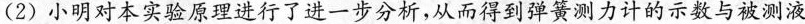
(2)小明对本实验原理进行了进一步分析，从而得到弹簧测力计的示数与被测液